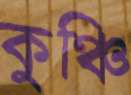
কুঞ্চি